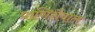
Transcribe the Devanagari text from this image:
प्राणिशैवाल